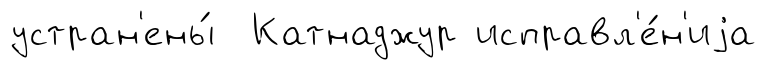
устран'ены́ Катнаджур исправл'е́н'иjа